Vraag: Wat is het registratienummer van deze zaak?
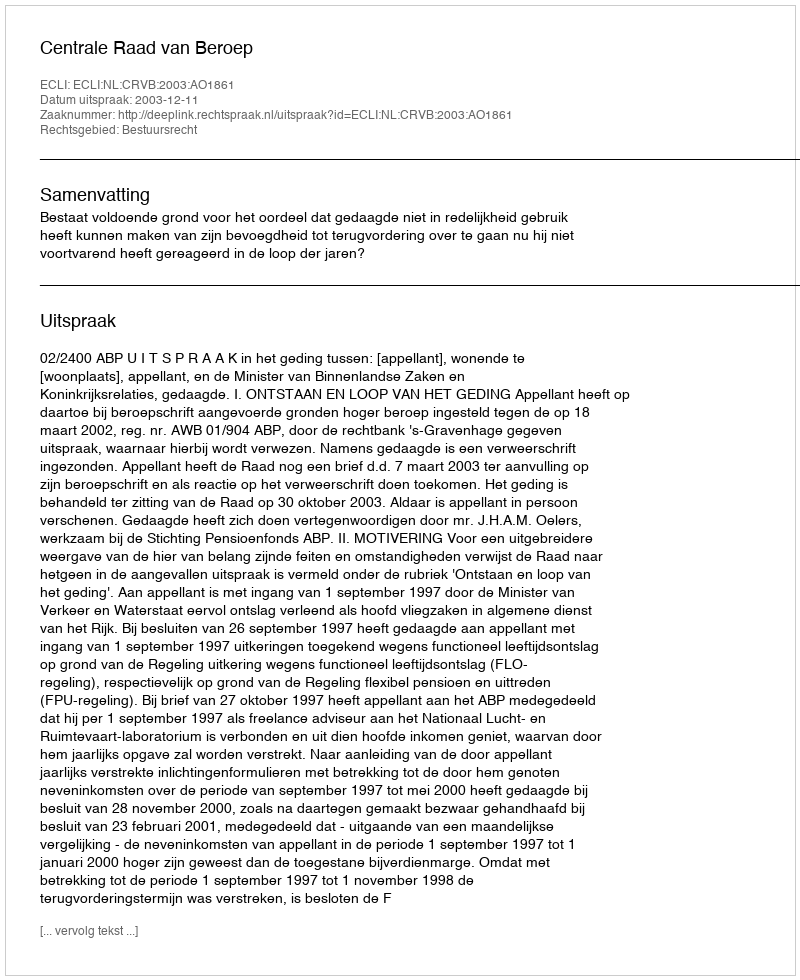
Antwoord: http://deeplink.rechtspraak.nl/uitspraak?id=ECLI:NL:CRVB:2003:AO1861